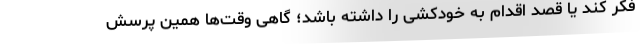
فکر کند یا قصد اقدام به خودکشی را داشته باشد؛ گاهی وقت‌ها همین پرسش